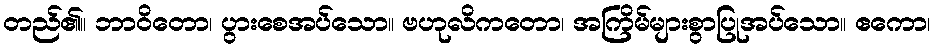
တည်၏။ ဘာဝိတော၊ ပွားစေအပ်သော။ ဗဟုလိကတော၊ အကြိမ်များစွာပြုအပ်သော။ ဧကော၊